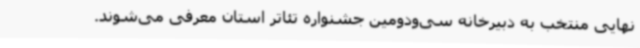
نهایی منتخب به دبیرخانه سی‌ودومین جشنواره تئاتر استان معرفی می‌شوند.